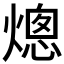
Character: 熜